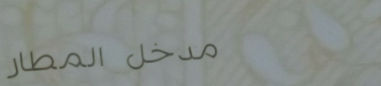
مدخل المطار